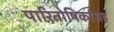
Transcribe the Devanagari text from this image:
पारितोषिकांसह